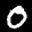
Label: 0